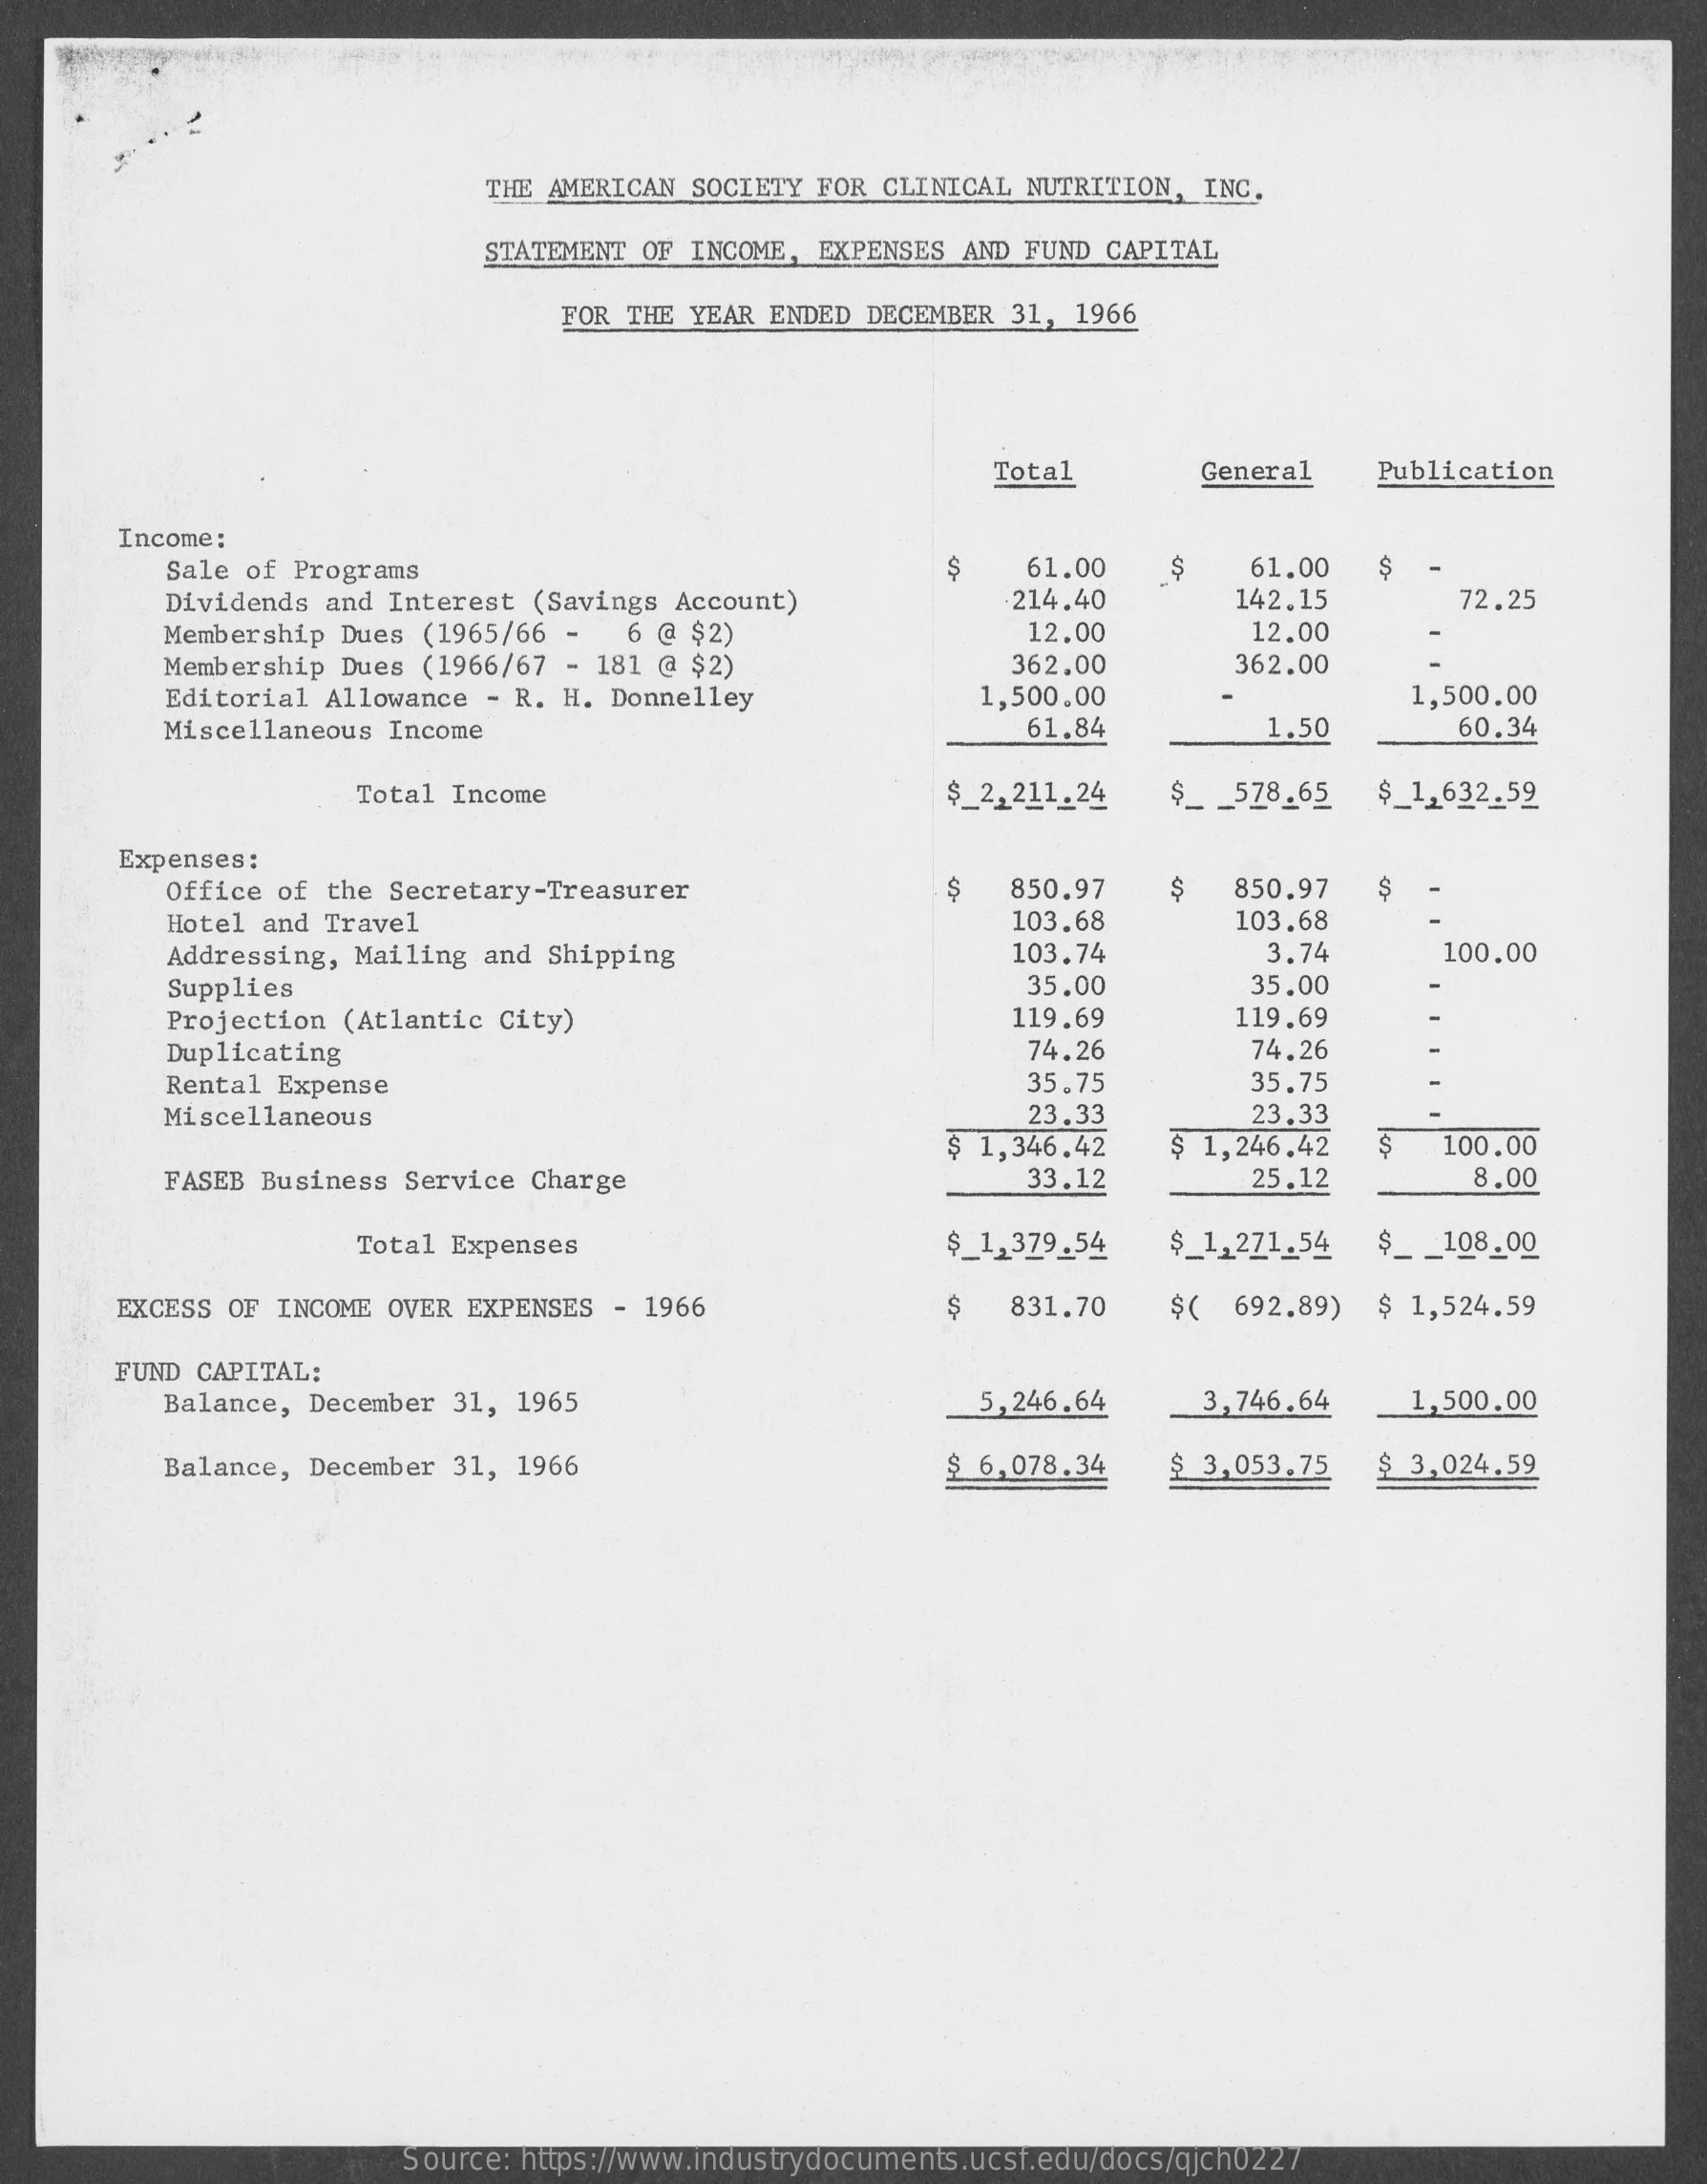
THE AMERICAN SOCIETY  FOR CLINICAL NUTRITION,  INC.
     STATEMENT OF  INCOME, EXPENSES AND FUND  CAPITAL
     FOR THE YEAR ENDED  DECEMBER 31,  1966
     Total    General    Publication
     Income:
     Sale of Programs    S    61.00    61.00    $
     Dividends and Interest  (Savings Account)    214.40    142.15    72.25
     Membership Dues  (1965/66 -   6 @ $2)    12.00    12.00
     Membership Dues  (1966/67 - 181 @ $2)    362.00    362.00
     Editorial Allowance  - R. H. Donnelley    1,500.00    1,500.00
     Miscellaneous  Income    61.84    1.50    60.34
     Total Income    $_2,211.24    $_ _ 578.65   $_1,632.59
     Expenses:
     Office of the Secretary-Treasurer    S   850.97    $   850.97
     Hotel and Travel    103.68    103.68
     Addressing, Mailing  and Shipping    103.74    3.74    100.00
     Supplies    35.00    35.00
     Projection (Atlantic  City)    119.69    119.69
     Duplicating    74,26    74.26
     Rental Expense    35,75    35.75
     Miscellaneous    23.33
     $ 1,346.42
     23.33
     $ 1,246.42    $   100.00
     FASEB Business  Service Charge    33.12    25.12    8.00
     Total Expenses    $_1,379.54    $_1,271.54    108.00
     EXCESS OF INCOME OVER  EXPENSES - 1966    $   831.70    $(  692.89)  $ 1,524.59
     FUND CAPITAL:
     Balance, December  31, 1965    5,246.64    3,746.64    1,500.00
     Balance, December  31, 1966    $ 6,078.34    $ 3,053.75    $ 3,024.59
     Source: https://www.industrydocuments.ucsf.edu/docs/qjch0227